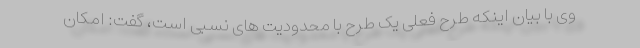
وی با بیان اینکه طرح فعلی یک طرح با محدودیت های نسبی است، گفت: امکان